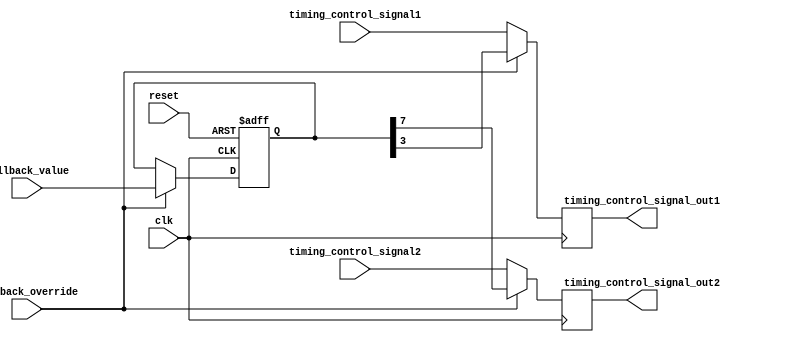
module fallback_bypass_register (
    input wire clk,
    input wire reset,
    input wire fallback_override,
    input wire [7:0] fallback_value,
    input wire timing_control_signal1,
    input wire timing_control_signal2,
    output reg timing_control_signal_out1,
    output reg timing_control_signal_out2
);

reg [7:0] fallback_value_reg;

always @ (posedge clk or posedge reset) begin
    if (reset) begin
        fallback_value_reg <= 8'h00;
    end else if (fallback_override) begin
        fallback_value_reg <= fallback_value;
    end
end

always @ (posedge clk) begin
    if (fallback_override) begin
        timing_control_signal_out1 <= fallback_value_reg[3]; // Example: Fallback value is used to override timing control signal 1
        timing_control_signal_out2 <= fallback_value_reg[7]; // Example: Fallback value is used to override timing control signal 2
    end else begin
        timing_control_signal_out1 <= timing_control_signal1;
        timing_control_signal_out2 <= timing_control_signal2;
    end
end

endmodule